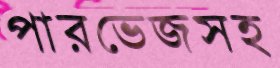
পারভেজসহ